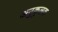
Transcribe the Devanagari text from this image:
अनुकुलक